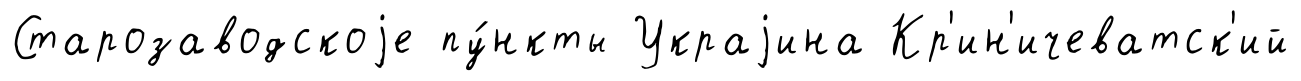
Старозаводскоjе пу́нкты Украjина Кр'ин'ичеватск'ий